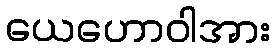
ယေဟောဝါအား